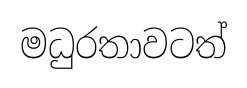
මධුරතාවටත්